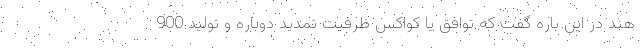
هند در این باره گفت که توافق یا کواکس ظرفیت تمدید دوباره و تولید 900